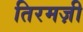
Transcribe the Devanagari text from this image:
तिरमज़ी